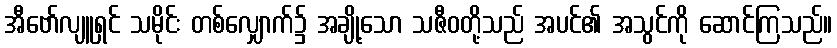
အီဗော်လျူရှင် သမိုင်း တစ်လျှောက်၌ အချို့သော သဇီဝတို့သည် အပင်၏ အသွင်ကို ဆောင်ကြသည်။